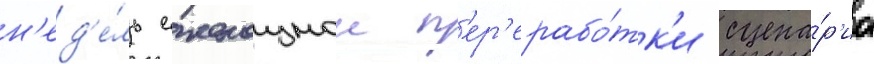
н'ед'е́ль еженощнои п'ер'ерабо́тк'и сцена́р'иа